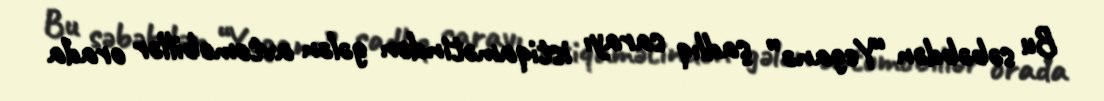
Bu səbəbdən “Yeganə” şadlıq sarayı istiqamətindən gələn avtomobillər orada